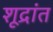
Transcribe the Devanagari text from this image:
शूद्रांत